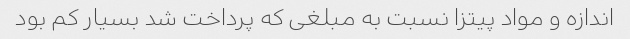
اندازه و مواد پیتزا نسبت به مبلغى که پرداخت شد بسیار کم بود